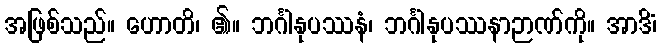
အဖြစ်သည်။ ဟောတိ၊ ၏။ ဘင်္ဂါနုပဿနံ၊ ဘင်္ဂါနုပဿနာဉာဏ်ကို။ အာဒိံ၊